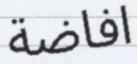
افاضة